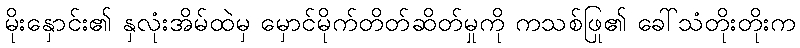
မိုးနှောင်း၏ နှလုံးအိမ်ထဲမှ မှောင်မိုက်တိတ်ဆိတ်မှုကို ကသစ်ဖြု၏ ခေါ်သံတိုးတိုးက